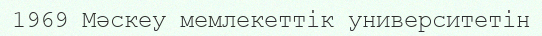
1969 Мәскеу мемлекеттік университетін